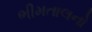
ભીમતાલનો